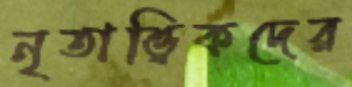
নৃতাত্ত্বিকদের